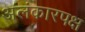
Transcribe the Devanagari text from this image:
अलंकारपक्ष